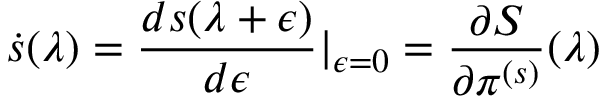
\dot { s } ( \lambda ) = \frac { d s ( \lambda + \epsilon ) } { d \epsilon } \vert _ { \epsilon = 0 } = \frac { \partial S } { \partial \pi ^ { ( s ) } } ( \lambda )